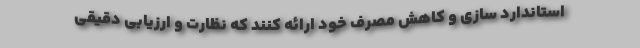
استاندارد سازی و کاهش مصرف خود ارائه کنند که نظارت و ارزیابی دقیقی